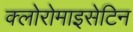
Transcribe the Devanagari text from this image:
क्लोरोमाइसेटिन